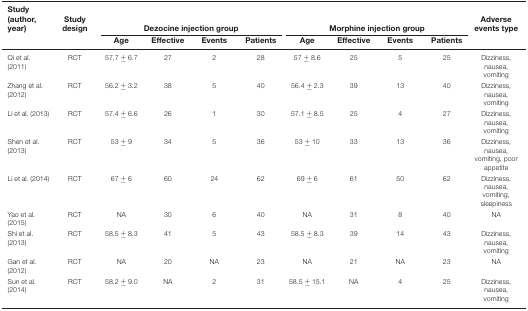
<table><thead><tr><td><b>Study (author, year)</b></td><td><b>Study design</b></td><td colspan="4"><b>Dezocine injection group</b></td><td colspan="4"><b>Morphine injection group</b></td><td><b>Adverse events type</b></td></tr><tr><td></td><td></td><td><b>Age</b></td><td><b>Effective</b></td><td><b>Events</b></td><td><b>Patients</b></td><td><b>Age</b></td><td><b>Effective</b></td><td><b>Events</b></td><td><b>Patients</b></td><td></td></tr></thead><tbody><tr><td>Qi et al. (2011)</td><td>RCT</td><td>57.7 ± 6.7</td><td>27</td><td>2</td><td>28</td><td>57 ± 8.6</td><td>25</td><td>5</td><td>25</td><td>Dizziness, nausea, vomiting</td></tr><tr><td>Zhang et al. (2012)</td><td>RCT</td><td>56.2 ± 3.2</td><td>38</td><td>5</td><td>40</td><td>56.4 ± 2.3</td><td>39</td><td>13</td><td>40</td><td>Dizziness, nausea, vomiting</td></tr><tr><td>Li et al. (2013)</td><td>RCT</td><td>57.4 ± 6.6</td><td>26</td><td>1</td><td>30</td><td>57.1 ± 8.5</td><td>25</td><td>4</td><td>27</td><td>Dizziness, nausea, vomiting</td></tr><tr><td>Shen et al. (2013)</td><td>RCT</td><td>53 ± 9</td><td>34</td><td>5</td><td>36</td><td>53 ± 10</td><td>33</td><td>13</td><td>36</td><td>Dizziness, nausea, vomiting, poor appetite</td></tr><tr><td>Li et al. (2014)</td><td>RCT</td><td>67 ± 6</td><td>60</td><td>24</td><td>62</td><td>69 ± 6</td><td>61</td><td>50</td><td>62</td><td>Dizziness, nausea, vomiting, sleepiness</td></tr><tr><td>Yao et al. (2015)</td><td>RCT</td><td>NA</td><td>30</td><td>6</td><td>40</td><td>NA</td><td>31</td><td>8</td><td>40</td><td>NA</td></tr><tr><td>Shi et al. (2013)</td><td>RCT</td><td>58.5 ± 8.3</td><td>41</td><td>5</td><td>43</td><td>58.5 ± 8.3</td><td>39</td><td>14</td><td>43</td><td>Dizziness, nausea, vomiting</td></tr><tr><td>Gan et al. (2012)</td><td>RCT</td><td>NA</td><td>20</td><td>NA</td><td>23</td><td>NA</td><td>21</td><td>NA</td><td>23</td><td>NA</td></tr><tr><td>Sun et al. (2014)</td><td>RCT</td><td>58.2 ± 9.0</td><td>NA</td><td>2</td><td>31</td><td>58.5 ± 15.1</td><td>NA</td><td>4</td><td>25</td><td>Dizziness, nausea, vomiting</td></tr></tbody></table>